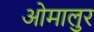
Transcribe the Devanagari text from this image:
ओमालुर